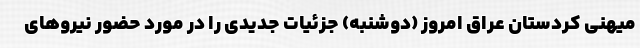
میهنی کردستان عراق امروز (دوشنبه) جزئیات جدیدی را در مورد حضور نیروهای